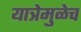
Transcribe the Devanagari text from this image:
यात्रेमुळेच